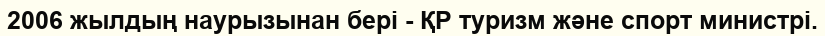
2006 жылдың наурызынан бері - ҚР туризм және спорт министрі.